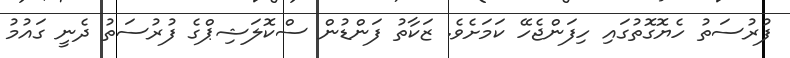
ފުރުސަތު ހެޔޮގޮތުގައި ހިފަންޖެހޭ ކަމަށެވެ. ޒަކާތު ފަންޑުން ސްކޮލަޝިޕްގެ ފުރުސަތު ދެނީ ގައުމު